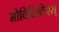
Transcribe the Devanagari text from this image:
मोबिलितिएस्